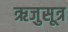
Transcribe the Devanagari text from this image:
ऋजुसूत्र